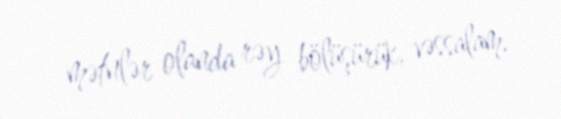
mətnlər olanda rəy bölüşürük, vəssalam.